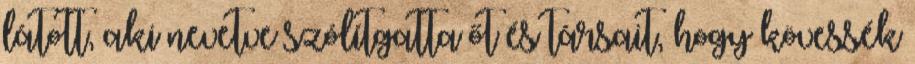
látott, aki nevetve szólítgatta őt és társait, hogy kövessék